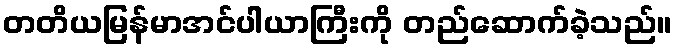
တတိယမြန်မာအင်ပါယာကြီးကို တည်ဆောက်ခဲ့သည်။